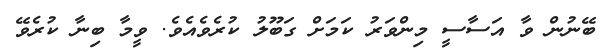
ބޭނުން ވާ އަސާސީ މިންވަރު ކަމަށް ގަބޫލު ކުރެވެއެވެ. ވީމާ ބިނާ ކުރެވޭ